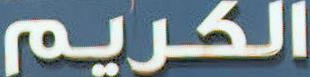
الكريم